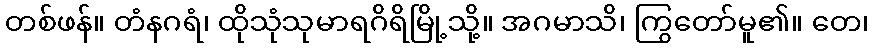
တစ်ဖန်။ တံနဂရံ၊ ထိုသုံသုမာရဂိရိမြို့သို့။ အဂမာသိ၊ ကြွတော်မူ၏။ တေ၊